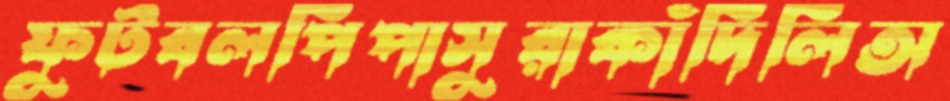
ফুটবলপিপাসুরাকাঁদিলিঅ